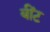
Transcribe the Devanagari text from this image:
बींट